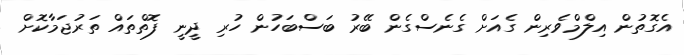
އެގޮތުން އިލްމްވެރިން ގެއަށް ގެނެސްގެން ބޭރު ބަސްބަހުން ހުރި ދީނީ ފޮތްތައް ތަރުޖަމާކޮށް